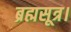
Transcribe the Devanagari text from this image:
ब्रह्मसूत्र।